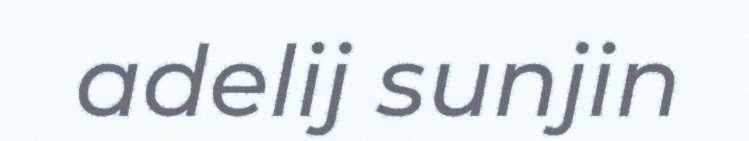
adelij sunjin